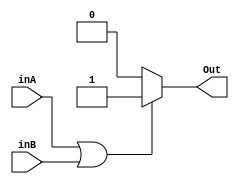
`timescale 1ns / 1ps
//////////////////////////////////////////////////////////////////////////////////
// Company: 
// Engineer: 
// 
// Design Name: 
// Module Name:    OrGate 
// Project Name: 
// Target Devices: 
// Tool versions: 
// Description: 
//
// Dependencies: 
//
// Revision: 
// Revision 0.01 - File Created
// Additional Comments: 
//
//////////////////////////////////////////////////////////////////////////////////
module OrGate(
		input inA,
		input inB,
		output reg Out
		);	
		
		always@(inA,inB)begin
			if(inA | inB)begin
				Out <=1;
			end
			
			else begin
				Out <= 0;
			end
		end


endmodule